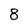
Character: 8